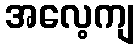
အလေ့ကျ